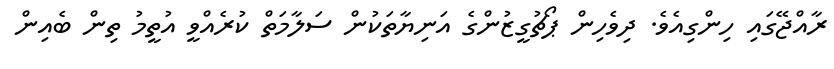
ރާއްޖޭގައި ހިންގިއެވެ. ދިވެހިން ޕޯޗުގީޒުންގެ އަނިޔާތަކުން ސަލާމަތް ކުރެއްވީ އުތީމު ތިން ބެއިން